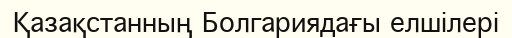
Қазақстанның Болгариядағы елшілері